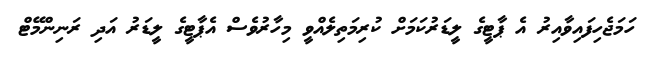
ހަމަޖެހިފައިވާއިރު އެ ޕާޓީގެ ލީޑަރުކަމަށް ކުރިމަތިލެއްވީ މިހާރުވެސް އެޕާޓީގެ ލީޑަރު އަދި ރަނިންމޭޓް